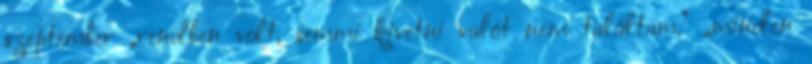
szeptember „rendben volt, semmi kivetni valót nem találtam.” „minden